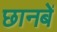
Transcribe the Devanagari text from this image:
छानबें